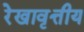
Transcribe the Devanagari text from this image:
रेखावृत्तीय